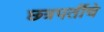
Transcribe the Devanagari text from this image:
छ्त्रपतींचे